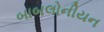
બાબલોનીયન